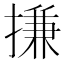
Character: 搛